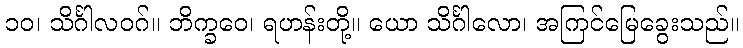
၁၀၊ သိင်္ဂါလဝဂ်။ ဘိက္ခဝေ၊ ရဟန်းတို့။ ယော သိင်္ဂါလော၊ အကြင်မြေခွေးသည်။